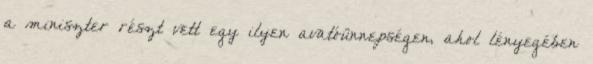
a miniszter részt vett egy ilyen avatóünnepségen, ahol lényegében